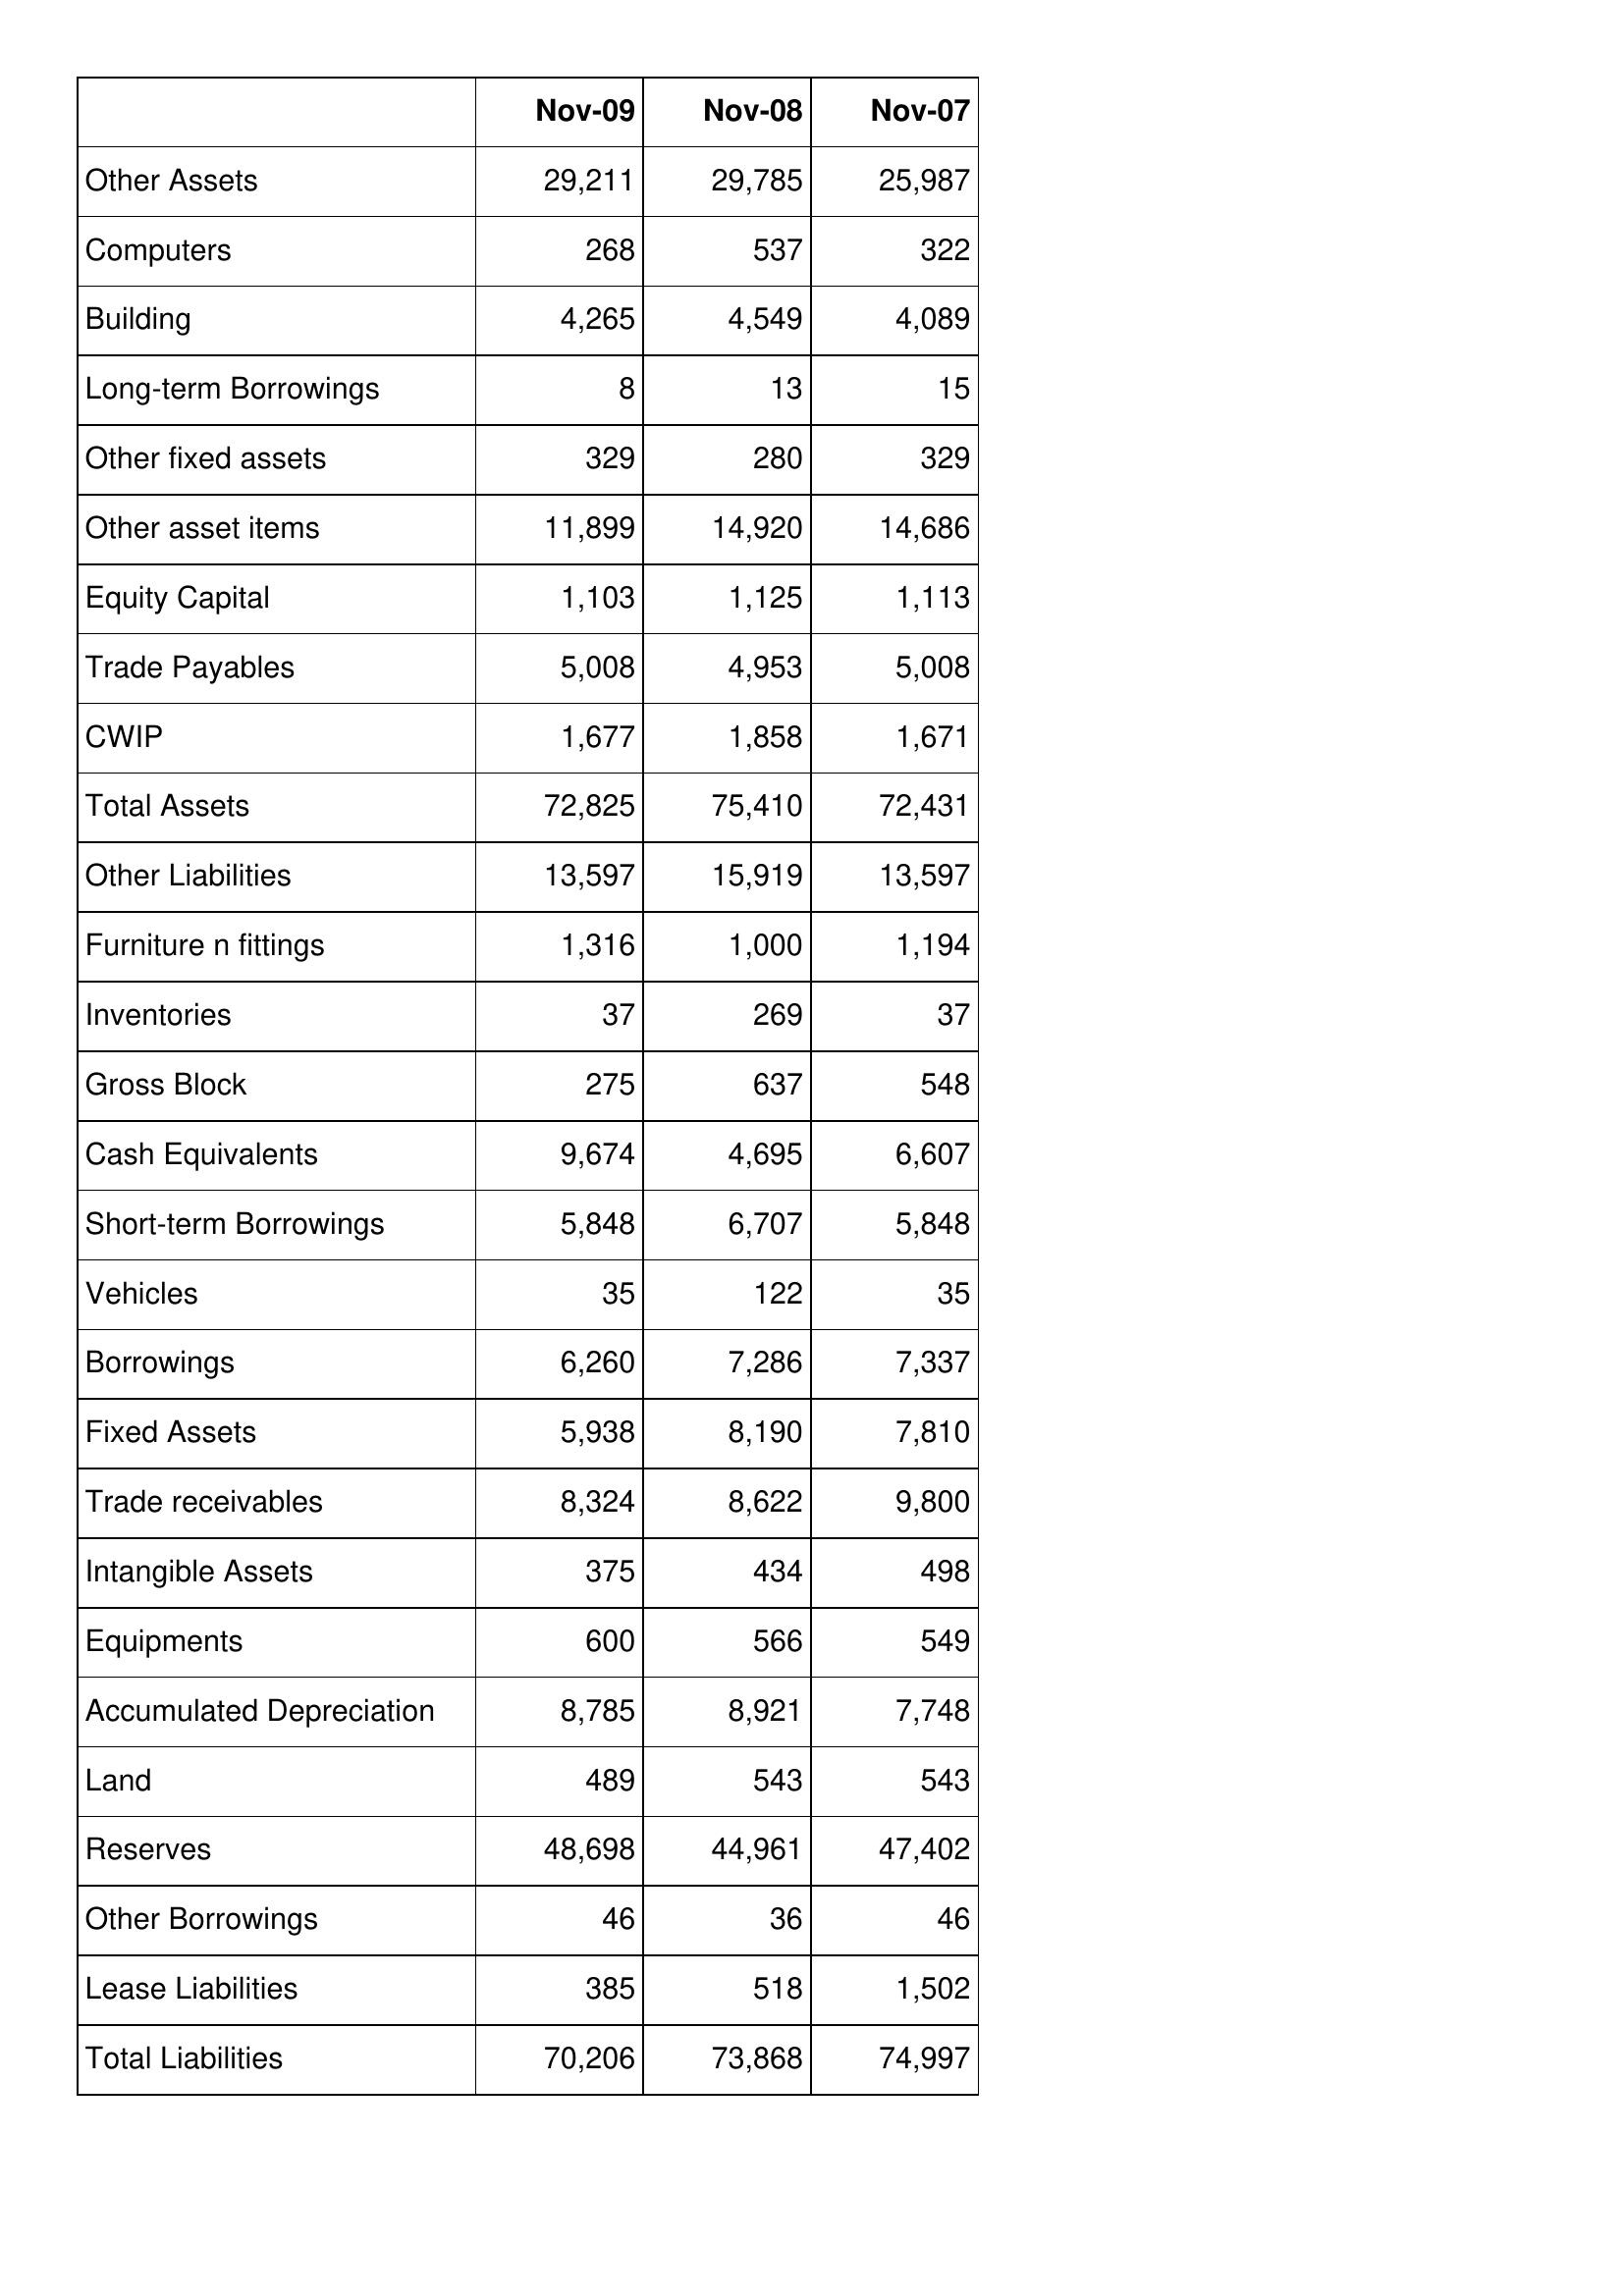
Nov-09: Balance Sheet: Other Assets: 29,211
Computers: 268
Building: 4,265
Long-term Borrowings: 8
Other fixed assets: 329
Other asset items: 11,899
Equity Capital: 1,103
Trade Payables: 5,008
CWIP: 1,677
Total Assets: 72,825
Other Liabilities: 13,597
Furniture n fittings: 1,316
Inventories: 37
Gross Block: 275
Cash Equivalents: 9,674
Short-term Borrowings: 5,848
Vehicles: 35
Borrowings: 6,260
Fixed Assets: 5,938
Trade receivables: 8,324
Intangible Assets: 375
Equipments: 600
Accumulated Depreciation: 8,785
Land: 489
Reserves: 48,698
Other Borrowings: 46
Lease Liabilities: 385
Total Liabilities: 70,206
Nov-08: Balance Sheet: Other Assets: 29,785
Computers: 537
Building: 4,549
Long-term Borrowings: 13
Other fixed assets: 280
Other asset items: 14,920
Equity Capital: 1,125
Trade Payables: 4,953
CWIP: 1,858
Total Assets: 75,410
Other Liabilities: 15,919
Furniture n fittings: 1,000
Inventories: 269
Gross Block: 637
Cash Equivalents: 4,695
Short-term Borrowings: 6,707
Vehicles: 122
Borrowings: 7,286
Fixed Assets: 8,190
Trade receivables: 8,622
Intangible Assets: 434
Equipments: 566
Accumulated Depreciation: 8,921
Land: 543
Reserves: 44,961
Other Borrowings: 36
Lease Liabilities: 518
Total Liabilities: 73,868
Nov-07: Balance Sheet: Other Assets: 25,987
Computers: 322
Building: 4,089
Long-term Borrowings: 15
Other fixed assets: 329
Other asset items: 14,686
Equity Capital: 1,113
Trade Payables: 5,008
CWIP: 1,671
Total Assets: 72,431
Other Liabilities: 13,597
Furniture n fittings: 1,194
Inventories: 37
Gross Block: 548
Cash Equivalents: 6,607
Short-term Borrowings: 5,848
Vehicles: 35
Borrowings: 7,337
Fixed Assets: 7,810
Trade receivables: 9,800
Intangible Assets: 498
Equipments: 549
Accumulated Depreciation: 7,748
Land: 543
Reserves: 47,402
Other Borrowings: 46
Lease Liabilities: 1,502
Total Liabilities: 74,997